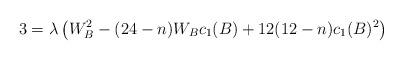
LaTeX: \begin{align*}3= \lambda \left( W_{B}^{2}- (24-n)W_{B}c_{1}(B) + 12(12-n)c_{1}(B)^{2} \right)\end{align*}